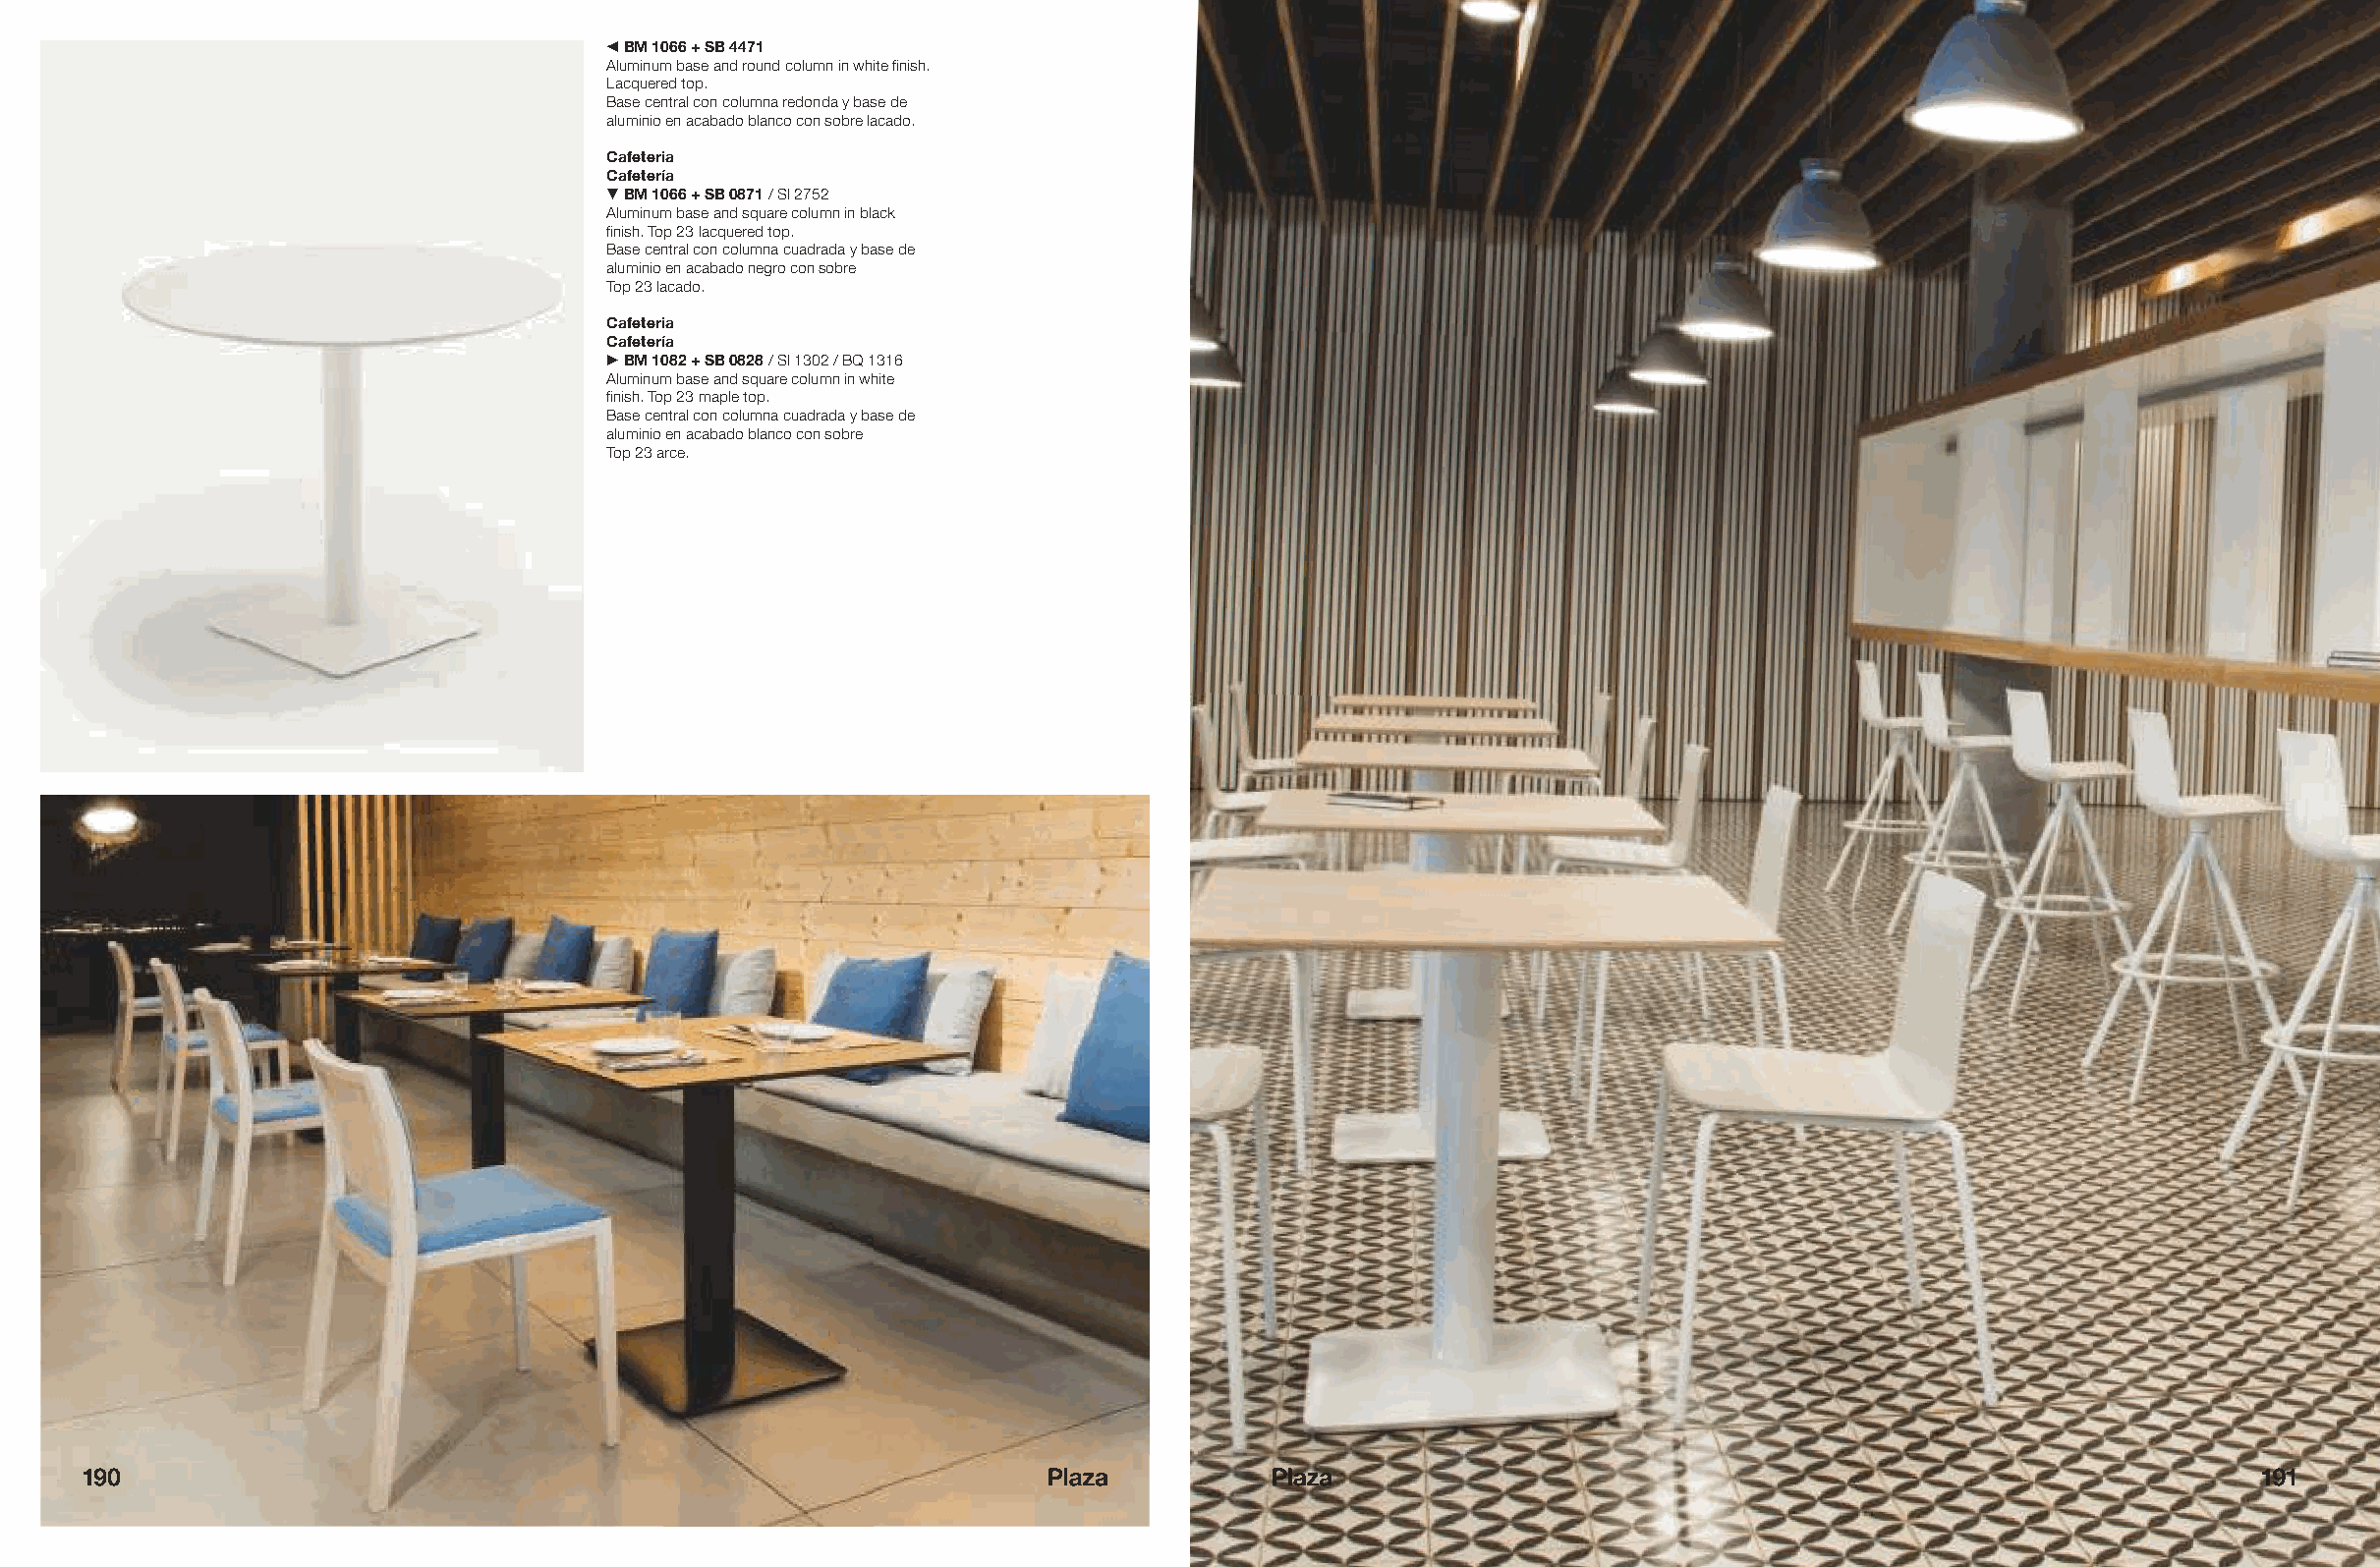
#BM 1066 + SB 4471
 Aluminum base and round column in white finish.
 Lacquered top.
 Base central con columna redonda y base de
 aluminio en acabado blanco con sobre lacado.
 Cafeteria
 Cafetería
 !BM 1066 + SB 0871 / SI 2752
 Aluminum base and square column in black
 finish. Top 23 lacquered top.
 Base central con columna cuadrada y base de
 aluminio en acabado negro con sobre
 Top 23 lacado.
 Cafeteria
 Cafetería
 "BM 1082 + SB 0828 / SI 1302 / BQ 1316
 Aluminum base and square column in white
 finish. Top 23 maple top.
 Base central con columna cuadrada y base de
 aluminio en acabado blanco con sobre
 Top 23 arce.
 190                                                               Plaza          Plaza                                                             191